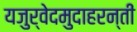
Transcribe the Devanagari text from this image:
यजुर्वेदमुदाहरन्तीं